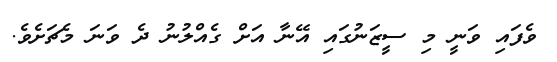
ވެފައި ވަނީ މި ސީޒަނުގައި އޭނާ އަށް ގެއްލުނު ދެ ވަނަ މެޗަށެވެ.